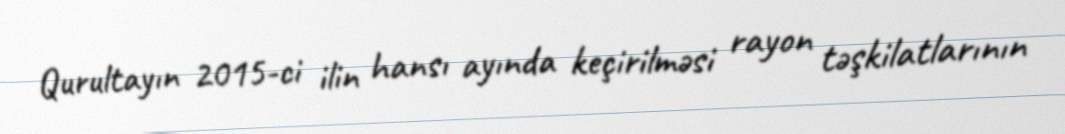
Qurultayın 2015-ci ilin hansı ayında keçirilməsi rayon təşkilatlarının